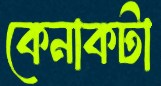
কেনাকটা